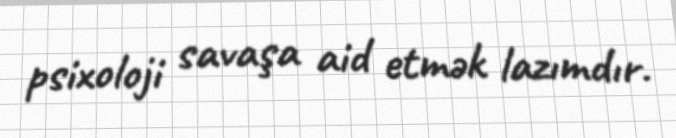
psixoloji savaşa aid etmək lazımdır.